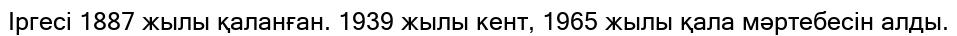
Іргесі 1887 жылы қаланған. 1939 жылы кент, 1965 жылы қала мәртебесін алды.